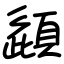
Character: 頿